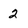
Character: 2